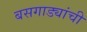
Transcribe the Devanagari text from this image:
बसगाड्यांची